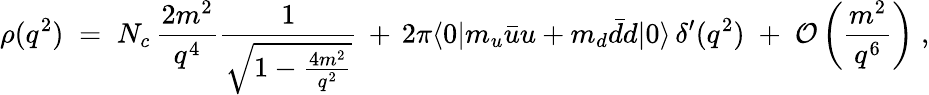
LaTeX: \rho(q^{2})\; =\; N_{c}\, \frac{2m^{2}}{q^{4}}\frac{1}{\sqrt{1-\frac{4m^{2}}{q^{2}}}}\, +\, 2\pi\langle 0|m_{u}\bar{u}u+m_{d}\bar{d}d|0\rangle\, \delta^{\prime}(q^{2})\; +\; {\cal O}\left(\frac{m^{2}}{q^{6}}\right)\; ,